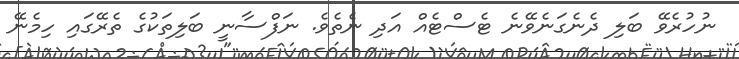
ނުހުރެވޭ ބަލި ދެނެގަނެވޭނެ ޓެސްޓެއް އަދި ނެތެވެ. ނަފްސާނީ ބަލިތަކުގެ ތެރޭގައި ހިމެނޭ